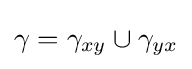
\gamma =\gamma _{xy}\cup \gamma _{yx}